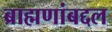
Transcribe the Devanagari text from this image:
ब्राह्मणांबद्दल